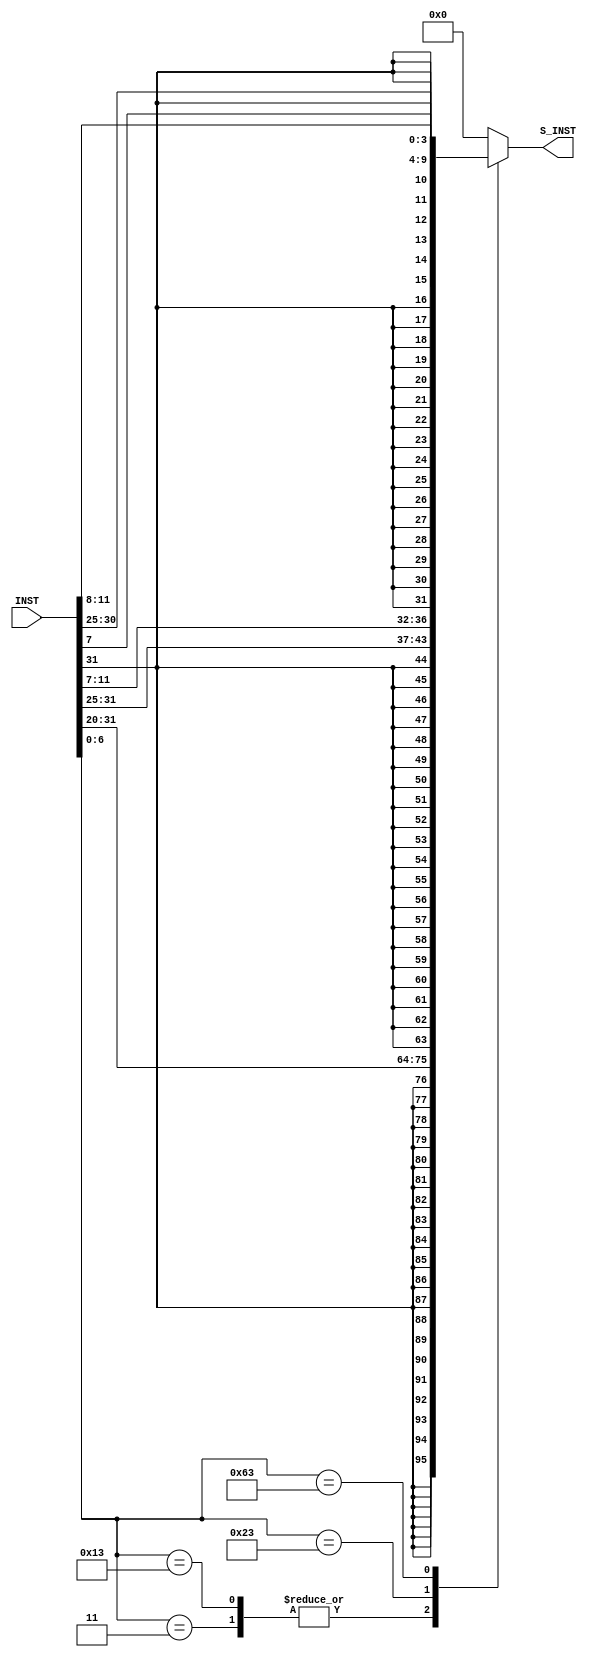
// addi, lw, sw, beg, bge immediate  32bit   module
//       case 

module IMMGEN
(	
	input		[31:0] INST         ,
	output		[31:0] S_INST
);

	reg [31:0] INST_r; 	
	always @ (INST) 
	begin
		INST_r = 32'b0;
		case (INST[6:0])
			7'b0010011, 7'b0000011 	: INST_r = {{20{INST[31]}}, INST[31:20]};									//addi, lw
			7'b0100011 		       	: INST_r = {{20{INST[31]}}, INST[31:25], INST[11:7]};						//sw
			7'b1100011			   	: INST_r = {{20{INST[31]}}, INST[31], INST[7], INST[30:25], INST[11:8]};	//beq, bge
			default 				: INST_r = 32'b0;
		endcase
	end

	assign S_INST = INST_r;

 endmodule